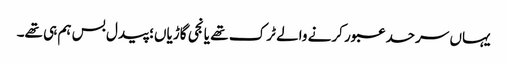
یہاں سرحد عبور کرنے والے ٹرک تھے یا نجی گاڑیاں؛ پیدل بس ہم ہی تھے۔